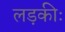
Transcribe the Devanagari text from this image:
लड़कीः